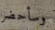
وسأحضر